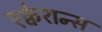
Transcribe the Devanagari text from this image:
एक्वेशन्स